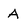
Character: A